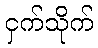
ငှက်သိုက်